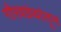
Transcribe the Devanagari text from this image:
गौरवग्रंथांतून